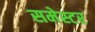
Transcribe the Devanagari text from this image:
समेस्टर